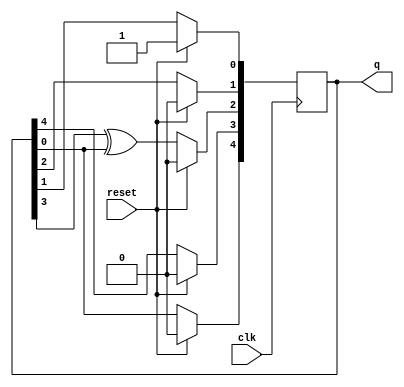
module des(
    input clk,
    input reset,  
    output reg [4:0] q
    );
    /*wire w1,w2,w3,w4,w5,w6,w7;
    assign w4=q[0];
    assign w1=w4^0;
    assign w2=q[4];
    assign w3=q[3];
    assign w5=w3^w5;
    assign w6=q[2];
    assign w7=q[1];*/
    always @ (posedge clk) begin
    if(reset)
    q<=5'h00001;
    else begin
    /*q[4]=w1;
    q[3]=w2;
    q[2]=w5;
    q[1]=w6;
    q[0]=w7;*/
    q[4]<=q[0]^0;
    q[3]<=q[4];
    q[2]<=q[3]^q[0];
    q[1]<=q[2];
    q[0]<=q[1];
    end
    end
    
endmodule